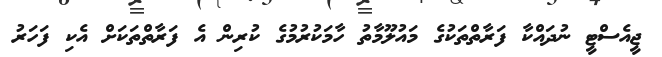
ޖީއެސްޓީ ނުދައްކާ ފަރާތްތަކުގެ މައުލޫމާތު ހާމަކުރުމުގެ ކުރިން އެ ފަރާތްތަކަށް އެކި ފަހަރު